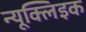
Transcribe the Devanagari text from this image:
न्यूक्लिइक